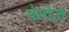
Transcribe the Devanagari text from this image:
फेरोज़